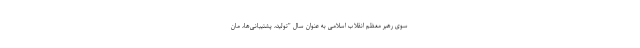
سوی رهبر معظم انقلاب اسلامی به عنوان سال "تولید، پشتیبانی‌ها، مان